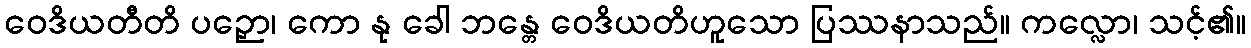
ဝေဒိယတီတိ ပဉှော၊ ကော နု ခေါ ဘန္တေ ဝေဒိယတိဟူသော ပြဿနာသည်။ ကလ္လော၊ သင့်၏။